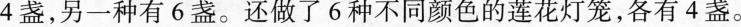
4盏，另一种有6盏。还做了6种不同颜色的莲花灯笼，各有4盏。